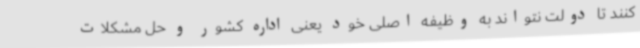
کنند تا دولت نتواند به وظیفه اصلی خود یعنی اداره کشور و حل مشکلات